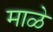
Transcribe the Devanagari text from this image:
माळे